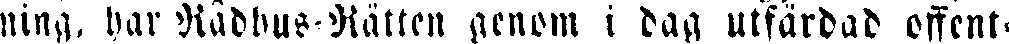
ning, har Rådhu-Rätten genom i dag utfärdad offent-